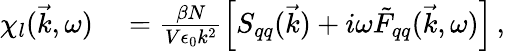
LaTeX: \begin{array}{rl}{\chi_{l}(\vec{k},\omega)}&{{}=\frac{\beta N}{V\epsilon_{0}k^{2}}\left[S_{qq}(\vec{k})+i\omega\tilde{F}_{qq}(\vec{k},\omega)\right]\, ,}\end{array}